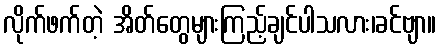
လိုက်ဖက်တဲ့ အိတ်တွေများကြည့်ချင်ပါသလား၊ခင်ဗျာ။